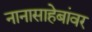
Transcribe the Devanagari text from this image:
नानासाहेबांवर